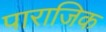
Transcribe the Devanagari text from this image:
पाराजिक